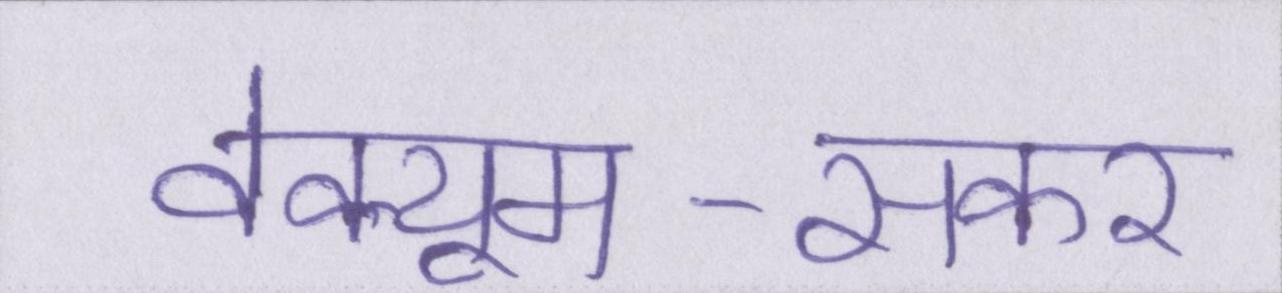
वेक्यूम-सकर